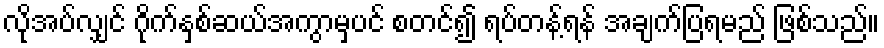
လိုအပ်လျှင် ဂိုက်နှစ်ဆယ်အကွာမှပင် စတင်၍ ရပ်တန့်ရန် အချက်ပြရမည် ဖြစ်သည်။